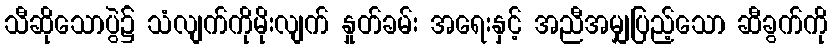
သီဆိုသောပွဲ၌ သံလျက်ကိုမိုးလျက် နှုတ်ခမ်း အရေးနှင့် အညီအမျှပြည့်သော ဆီခွက်ကို